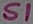
Text: S1